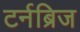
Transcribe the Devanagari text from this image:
टर्नब्रिज